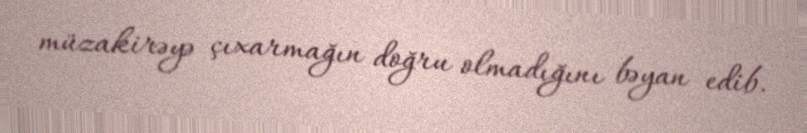
müzakirəyə çıxarmağın doğru olmadığını bəyan edib.